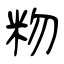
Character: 粅